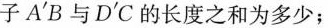
子A'B与D'C的长度之和为多少；